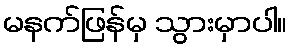
မနက်ဖြန်မှ သွားမှာပါ။